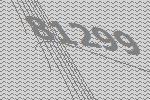
81299